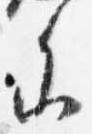
参